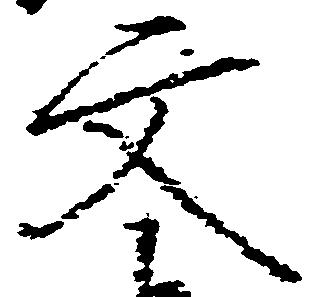
文